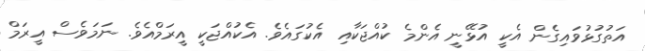
އަތުގުޅުވައިގެން އެކީ އުޅޭނީ އެންމެ ކުއްޖަކާއި އެކުގައެވެ. އެކުއްޖަކީ އީރަމްއެވެ. ނަމަވެސް އީރަމް